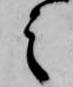
之